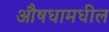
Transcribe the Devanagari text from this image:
औषधामधील